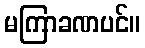
မကြာခဏပင်။